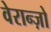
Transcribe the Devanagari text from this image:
वेरान्ज़ो